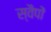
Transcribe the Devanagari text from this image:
स्वैपों